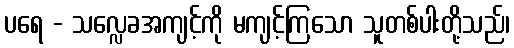
ပရေ - သလ္လေခအကျင့်ကို မကျင့်ကြသော သူတစ်ပါးတို့သည်၊